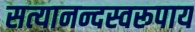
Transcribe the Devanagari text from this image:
सत्यानन्दस्वरूपाय